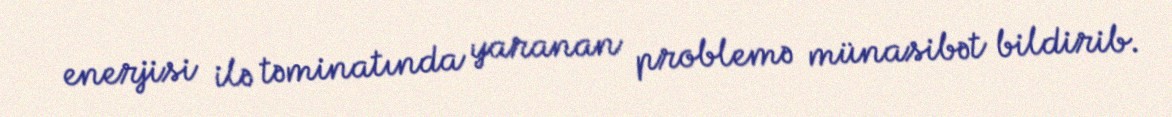
enerjisi ilə təminatında yaranan problemə münasibət bildirib.